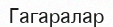
Гагаралар